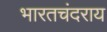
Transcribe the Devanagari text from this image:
भारतचंदराय